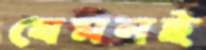
যেমনই